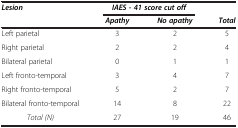
<table><thead><tr><td rowspan="2"><b><i>Lesion</i></b></td><td colspan="2"><b><i>IAES - 41 score cut off</i></b></td><td><b> </b></td></tr><tr><td><b><i>Apathy</i></b></td><td><b><i>No apathy</i></b></td><td><b><i>Total</i></b></td></tr></thead><tbody><tr><td>Left parietal</td><td>3</td><td>2</td><td>5</td></tr><tr><td>Right parietal</td><td>2</td><td>2</td><td>4</td></tr><tr><td>Bilateral parietal</td><td>0</td><td>1</td><td>1</td></tr><tr><td>Left fronto-temporal</td><td>3</td><td>4</td><td>7</td></tr><tr><td>Right fronto-temporal</td><td>5</td><td>2</td><td>7</td></tr><tr><td>Bilateral fronto-temporal</td><td>14</td><td>8</td><td>22</td></tr><tr><td><i>Total (N)</i></td><td>27</td><td>19</td><td>46</td></tr></tbody></table>